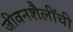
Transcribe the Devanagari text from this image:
जीवनशैलींची